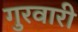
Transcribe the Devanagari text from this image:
गुरवारी